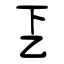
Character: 乤